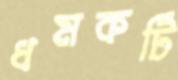
ধমকটি